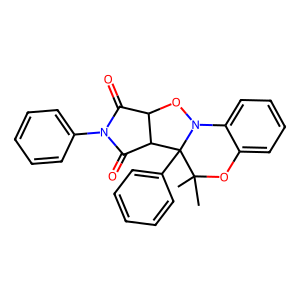
SMILES: CC1(C)Oc2ccccc2N2OC3C(=O)N(c4ccccc4)C(=O)C3C21c1ccccc1
Inhibits HIV replication: No